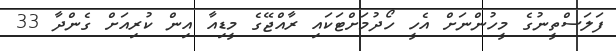
ފަލަސްތީނުގެ މީހުންނަށް އެހީ ހޯދުމަށްޓަކައި ރާއްޖޭގެ މީޑިއާ އިން ކުރިއަށް ގެންދާ 33